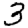
Digit: 3